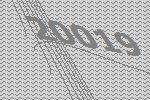
20019